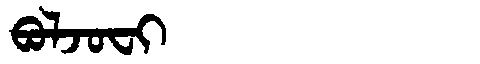
Manchu: ᠪᠣᠯᠵᠣᠸᡳ
Romanization: BOLJOFI